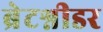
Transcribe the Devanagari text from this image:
ब्रेटश्नीडर